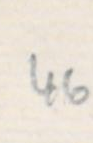
46